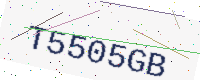
Text: T5505GB